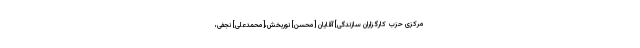
مرکزی حزب کارگزاران سازندگی] آقایان [محسن] نوربخش،[محمدعلی] نجفى،